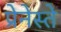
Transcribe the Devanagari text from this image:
प्रेनेस्ते